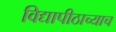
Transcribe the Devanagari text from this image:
विद्यापीठाच्याच